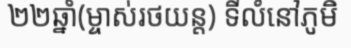
២២ឆ្នាំ(ម្ចាស់រថយន្ត) ទីលំនៅភូមិ